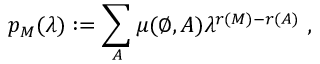
p _ { M } ( \lambda ) : = \sum _ { A } \mu ( \emptyset , A ) \lambda ^ { r ( M ) - r ( A ) } \ ,